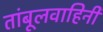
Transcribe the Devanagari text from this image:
तांबूलवाहिनी